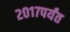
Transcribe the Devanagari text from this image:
२०१७पर्यंत